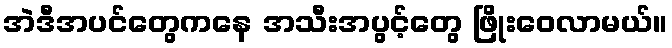
အဲဒီအပင်တွေကနေ အသီးအပွင့်တွေ ဖြိုးဝေလာမယ်။